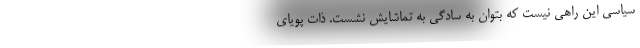
سیاسی این راهی نیست که بتوان به سادگی به تماشایش نشست. ذاتِ پویای